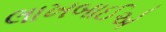
લાખબાઈએ